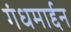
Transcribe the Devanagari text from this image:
गंधमार्द्दन